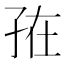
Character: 𭓁